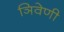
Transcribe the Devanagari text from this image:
ञिवेणी